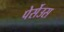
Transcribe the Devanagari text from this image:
पेर्सेउस